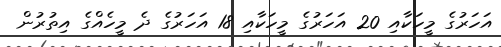
އަހަރުގެ މީހަކާއި 20 އަހަރުގެ މީހަކާއި 18 އަހަރުގެ ދެ މީހެއްގެ އިތުރުން